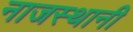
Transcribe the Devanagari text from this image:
नाजस्थानी